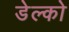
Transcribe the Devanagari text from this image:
डेल्को